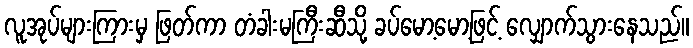
လူအုပ်များကြားမှ ဖြတ်ကာ တံခါးမကြီးဆီသို့ ခပ်မော့မော့ဖြင့် လျှောက်သွားနေသည်။